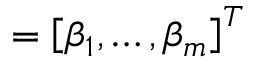
{ \mathbf \beta } = \left[ \beta _ { 1 } , \dots , \beta _ { m } \right] ^ { T }